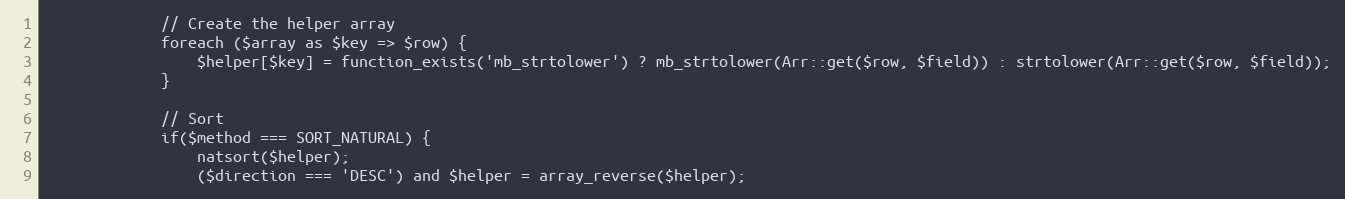
Language: PHP
             // Create the helper array
             foreach ($array as $key => $row) {
                 $helper[$key] = function_exists('mb_strtolower') ? mb_strtolower(Arr::get($row, $field)) : strtolower(Arr::get($row, $field));
             }

             // Sort
             if($method === SORT_NATURAL) {
                 natsort($helper);
                 ($direction === 'DESC') and $helper = array_reverse($helper);